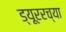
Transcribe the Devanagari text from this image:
ड्यूररच्या